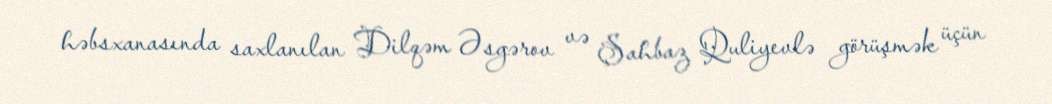
həbsxanasında saxlanılan Dilqəm Əsgərov və Şahbaz Quliyevlə görüşmək üçün